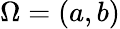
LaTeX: \Omega=(a,b)